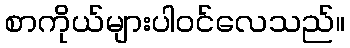
စာကိုယ်များပါဝင်လေသည်။